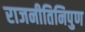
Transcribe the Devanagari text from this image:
राजनीतिनिपुण